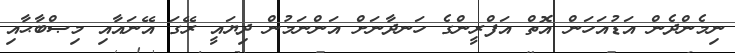
ނިމެންދެން އަޑުއަހަން އޮތް އަފްރީންގެ ހަނދާނަށް އަންނަމުން ދިޔައީ ރޭގަ އޭނައާއި މިޞްބާޙާއި